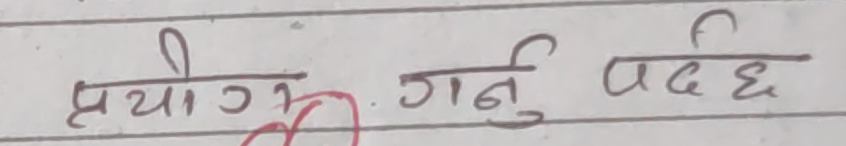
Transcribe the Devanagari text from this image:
प्रयोग गर्नु पर्छ